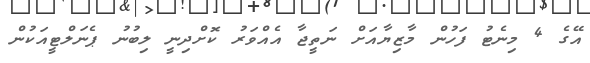
އޭގެ 4 މިނެޓު ފަހުން މާޒިޔާއަށް ނަތީޖާ އެއްވަރު ކޮށްދިނީ ލިބުނު ޕެނަލްޓީއަކުން